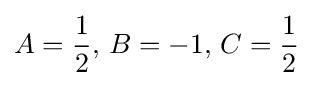
A={\frac {1}{2}},\,B=-1,\,C={\frac {1}{2}}